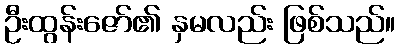
ဦးထွန်းဇော်၏ နှမလည်း ဖြစ်သည်။